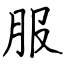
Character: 服